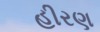
હીરણ